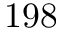
1 9 8